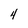
Character: 4